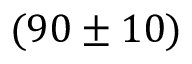
( 9 0 \pm 1 0 )